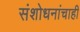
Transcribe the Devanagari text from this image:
संशोधनांचाही